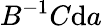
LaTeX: B^{-1}C{\mathrm{d}}a